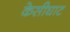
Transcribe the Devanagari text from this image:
केसीघाट